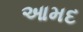
આમદ